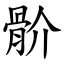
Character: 骱